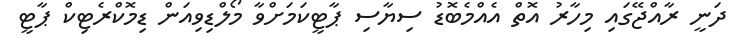
ދަނީ ރާއްޖޭގައި މިހާރު އޮތް އެއްމެބޮޑު ސިޔާސި ޕާޓީކަމަށްވާ މޯލްޑިވިއަން ޑިމޮކްރެޓިކް ޕާޓީ